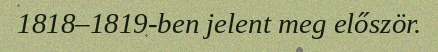
1818–1819-ben jelent meg először.